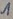
Text: 1